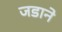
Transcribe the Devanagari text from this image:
जडाने